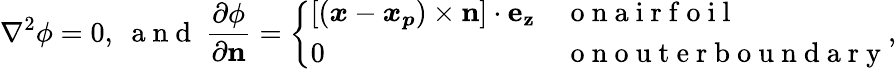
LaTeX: \nabla^{2}\phi=0,~\mathrm{~a~n~d~}~\frac{\partial\phi}{\partial\boldsymbol{\mathrm{n}}}=\left\{ \begin{array}{ll}{[(\boldsymbol{x}-\boldsymbol{x_{p}})\times\boldsymbol{\mathrm{n}}]\cdot\boldsymbol{\mathrm{e_{z}}}}&{\mathrm{~o~n~a~i~r~f~o~i~l~}}\\ {0}&{\mathrm{~o~n~o~u~t~e~r~b~o~u~n~d~a~r~y~}}\end{array}\right.,